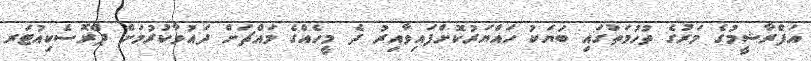
އަފްރާޝީމުގެ މަރުގެ ތުހުމަތުގައި ބަޔަކު ހައްޔަރުކޮށްފައިވާއިރު ދެ މީހެއްގެ މައްޗަށް ދައުވާކުރުމަށް ޕްރޮސެކިއުޓަރ